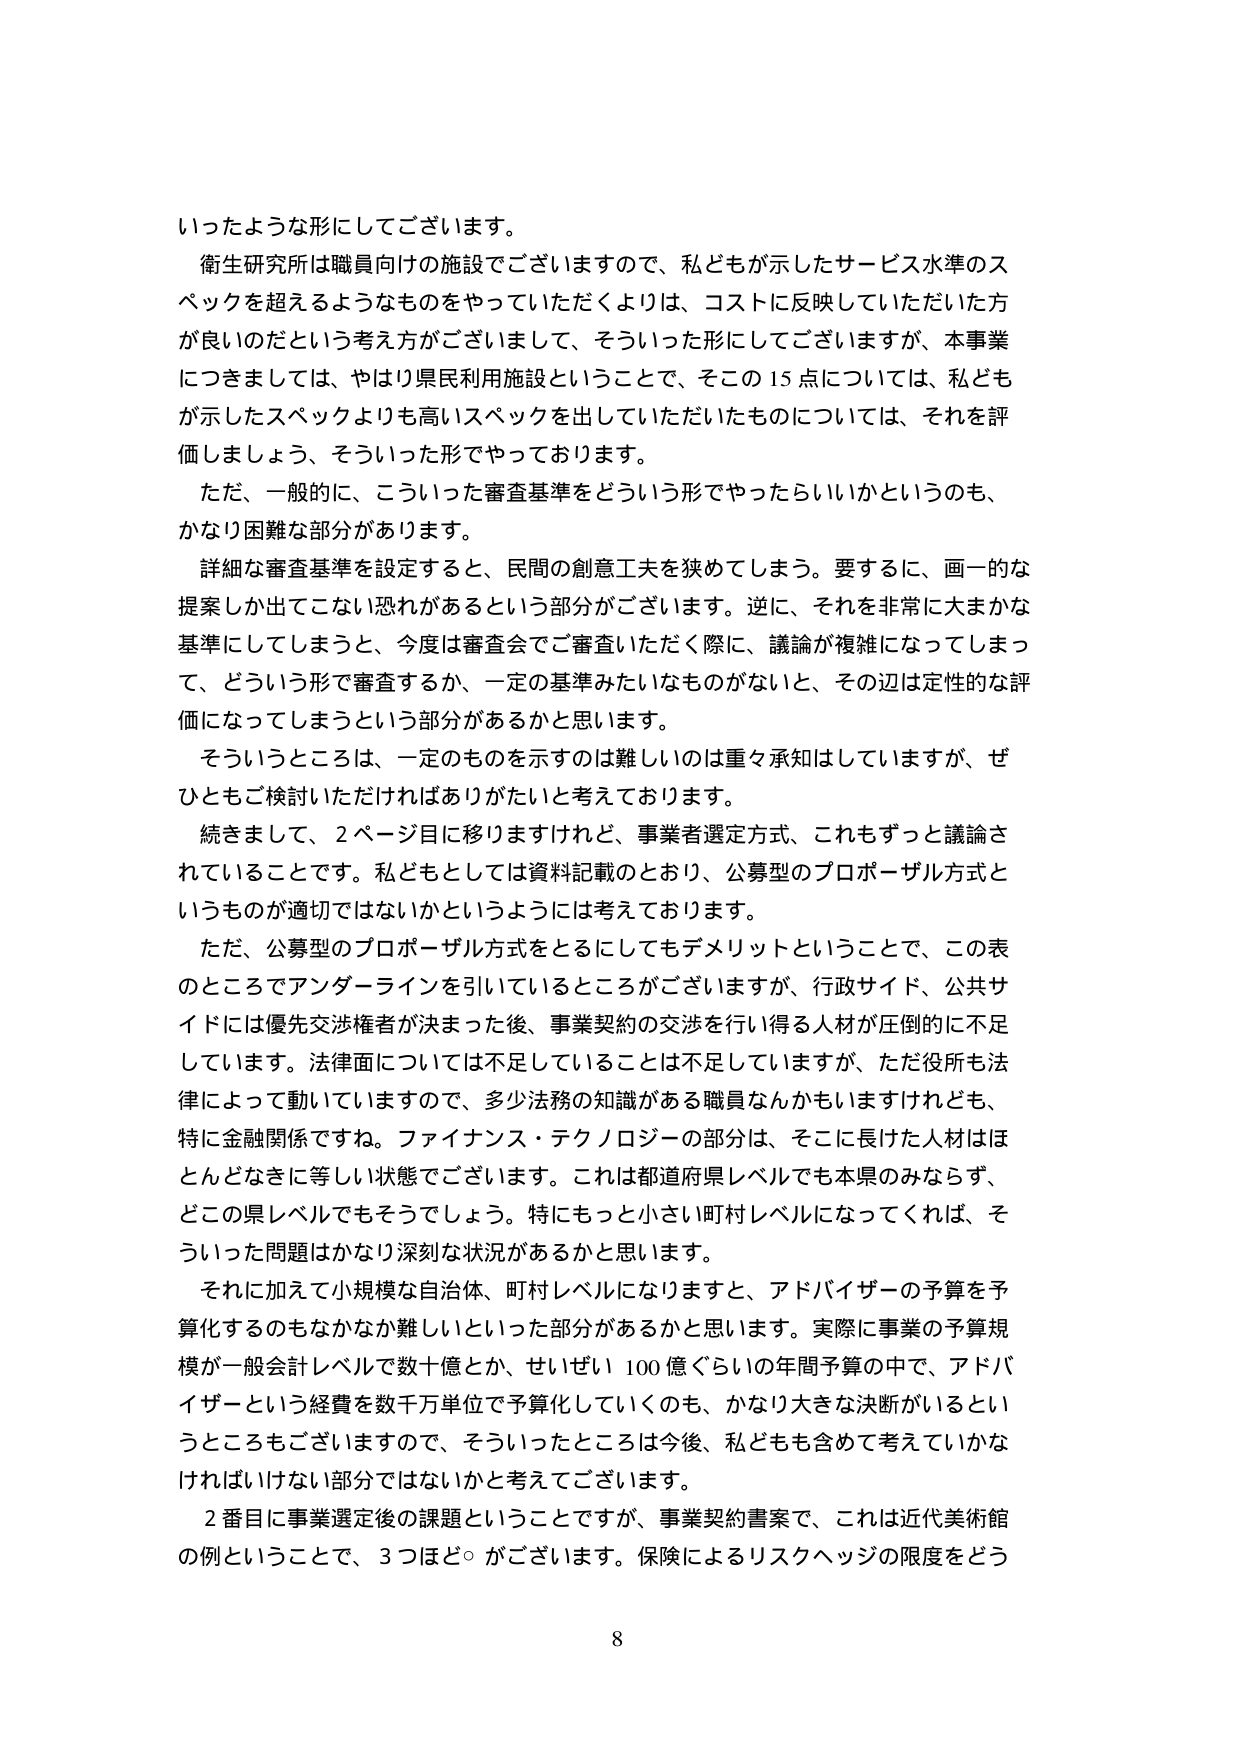
いったような形にしてございます。

衛生研究所は職員向けの施設でございますので、私どもが示したサービス水準のスペックを超えるようなものをやっていただくよりは、コストに反映していただいた方が良いのだという考え方でございまして、そういった形にしてございますが、本事業につきましては、やはり県民利用施設ということで、そこの15点については、私どもが示したスペックよりも高いスペックを出していただいたものについては、それを評価しましょう、そういった形でやっております。

ただ、一般的に、こういった審査基準をどういう形でやったらいいかというのも、かなり困難な部分があります。

詳細な審査基準を設定すると、民間の創意工夫を狭めてしまう。要するに、画一的な提案しか出てこない恐れがあるという部分がございます。逆に、それを非常に大まかな基準にしてしまうと、今度は審査会でご審査いただく際に、議論が複雑になってしまって、どういう形で審査するか、一定の基準みたいなものがないと、その辺は定性的な評価になってしまうという部分があるかと思います。

そういうところは、一定のものを示すのは難しいのは重々承知はしていますが、ぜひともご検討いただければありがたいと考えております。

続きまして、2ページ目に移りますけれど、事業者選定方式、これもずっと議論されていることです。私どもとしては資料記載のとおり、公募型のプロポーザル方式というものが適切ではないかというようには考えております。

ただ、公募型のプロポーザル方式をとるにしてもデメリットということで、この表のところでアンダーラインを引いているところがございますが、行政サイド、公共サイドには優先交渉権者が決まった後、事業契約の交渉を行い得る人材が圧倒的に不足しています。法律面については不足していることは不足していますが、ただ役所も法律によって動いていますので、多少法務の知識がある職員なんかもいますけれども、特に金融関係ですね。ファイナンス・テクノロジーの部分は、そこに長けた人材はほとんどなきに等しい状態でございます。これは都道府県レベルでも本県のみならず、どの県レベルでもそうでしょう。特にもっと小さい町村レベルになってくれば、そういった問題はかなり深刻な状況があるかと思います。

それに加えて小規模な自治体、町村レベルになりますと、アドバイザーの予算を予算化するのもなかなか難しいといった部分があるかと思います。実際に事業の予算規模が一般会計レベルで数十億とか、せいぜい100億ぐらいの年間予算の中で、アドバイザーという経費を数千万単位で予算化していくのも、かなり大きな決断がいるというところもございますので、そういったところは今後、私どもも含めて考えていかなければならない部分ではないかと考えております。

2番目に事業選定後の課題ということでですが、事業契約書案で、これは近代美術館の例ということで、3つほどがございます。保険によるリスクヘッジの限度をどう

8